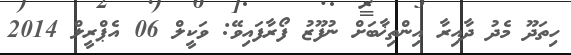
ހިތަދޫ މެދު ދާއިރާ އިންތިޚާބަށް ނުފޫޒު ފޯރާފައިވޭ: ވަކީލް 06 އެޕްރީލް 2014